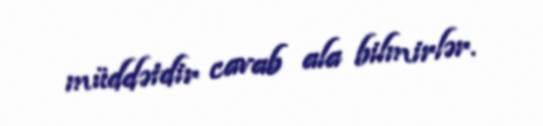
müddətdir cavab ala bilmirlər.